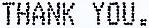
THANK YOU.